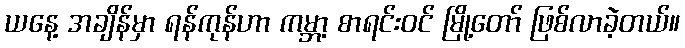
ယနေ့ အချိန်မှာ ရန်ကုန်ဟာ ကမ္ဘာ့ စာရင်းဝင် မြို့တော် ဖြစ်လာခဲ့တယ်။